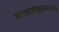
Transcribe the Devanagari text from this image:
नाट्यसमूहासमवेत